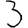
Digit: 3